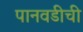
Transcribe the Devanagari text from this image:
पानवडीची